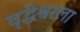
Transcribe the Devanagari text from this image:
वृद्धेश्वरला